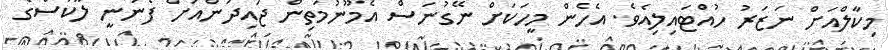
މިކާލްއަށް ނަޒަރު ހުއްޓައިލިއެވެ. އެހެން މީހަކަށް ނޭގުނަސް އެމޫނުމަތިން ޖައިދަންއަށް ފެނުނީ ލޫކަސްގެ